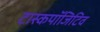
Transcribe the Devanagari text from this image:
टास्कपॉजिटिव